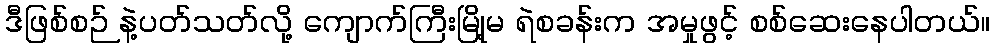
ဒီဖြစ်စဉ် နဲ့ပတ်သတ်လို့ ကျောက်ကြီးမြို့မ ရဲစခန်းက အမှုဖွင့် စစ်ဆေးနေပါတယ်။